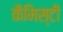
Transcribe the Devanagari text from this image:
कैमिस्टी